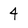
Character: 4